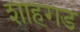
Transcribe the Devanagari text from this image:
शाहगड